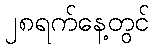
၂၈ရက်နေ့တွင်